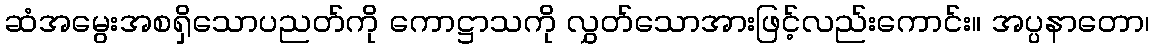
ဆံအမွေးအစရှိသောပညတ်ကို ကောဋ္ဌာသကို လွှတ်သောအားဖြင့်လည်းကောင်း။ အပ္ပနာတော၊